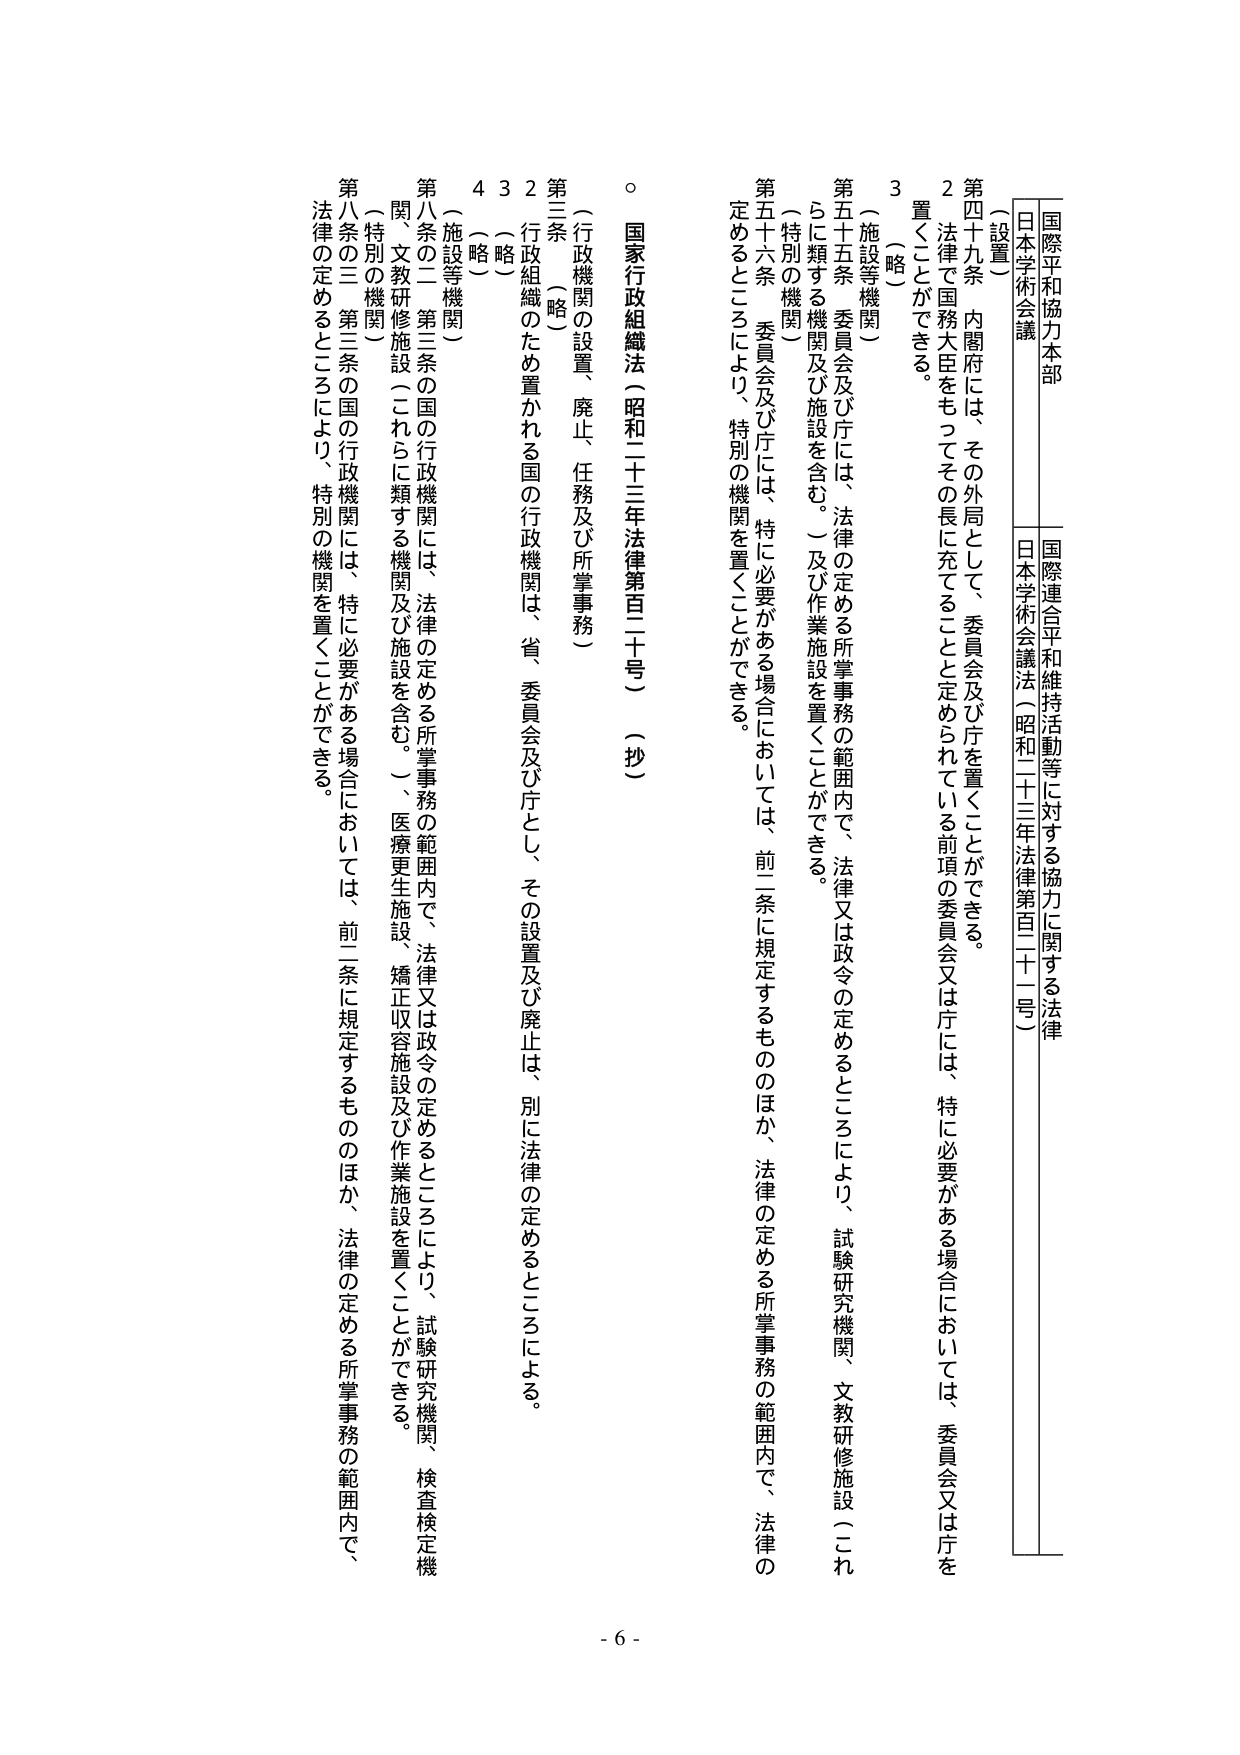
国際平和協力本部
日本学術会議

（設置）
第四十九条 内閣府には、その外局として、委員会及び庁を置くことができる。
２ 法律で国務大臣をもってその長に充てることと定められている前項の委員会又は庁には、特に必要がある場合においては、委員会又は庁を置くことができる。
３ （略）

（施設等機関）
第五十五条 委員会及び庁には、法律の定める所掌事務の範囲内で、法律又は政令の定めるところにより、試験研究機関、文教研修施設（これらに類する機関及び施設を含む。）及び作業施設を置くことができる。

（特別の機関）
第五十六条 委員会及び庁には、特に必要がある場合においては、前二条に規定するもののほか、法律の定める所掌事務の範囲内で、法律の定めるところにより、特別の機関を置くことができる。

○ 国家行政組織法（昭和二十三年法律第百二十号）（抄）

（行政機関の設置、廃止、任務及び所掌事務）
第三条 （略）
２ 行政組織のため置かれる国の行政機関は、省、委員会及び庁とし、その設置及び廃止は、別に法律の定めるところによる。
３ （略）
４ （略）

（施設等機関）
第八条の二 第三条の国の行政機関には、法律の定める所掌事務の範囲内で、法律又は政令の定めるところにより、試験研究機関、文教研修施設（これらに類する機関及び施設を含む。）、医療更生施設、矯正収容施設及び作業施設を置くことができる。

（特別の機関）
第八条の三 第三条の国の行政機関には、特に必要がある場合においては、前二条に規定するもののほか、法律の定める所掌事務の範囲内で、法律の定めるところにより、特別の機関を置くことができる。

- 6 -